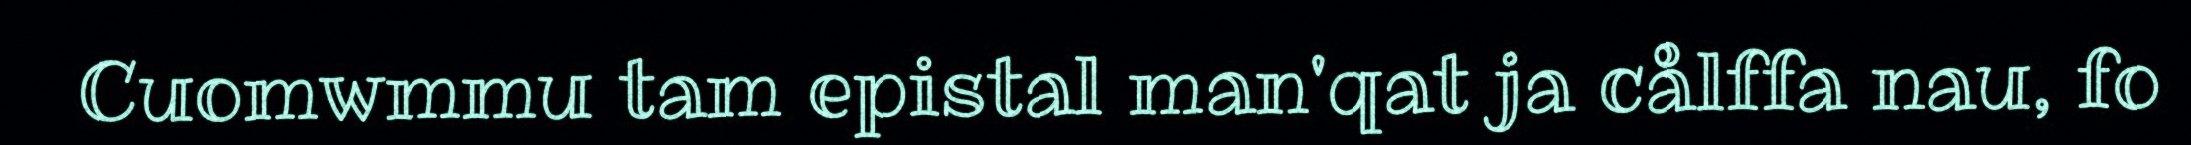
Cuomwmmu tam epistal man'qat ja cålffa nau, fo